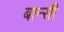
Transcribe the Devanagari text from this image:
बान्‍सी